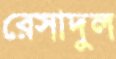
রেসাদুল